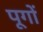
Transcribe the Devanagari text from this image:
पूगों